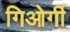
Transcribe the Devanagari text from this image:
गिओर्गी